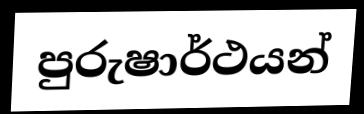
පුරුෂාර්ථයන්